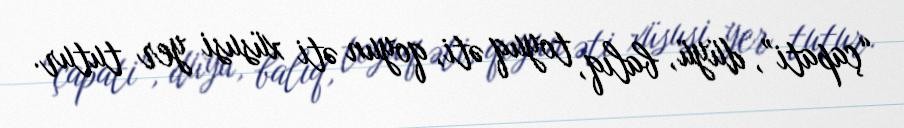
“çapati”, düyü, balıq, toyuq əti, qoyun əti xüsusi yer tutur.